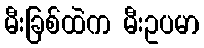
မီးခြစ်ထဲက မီးဥပမာ